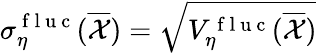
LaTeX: \sigma_{\eta}^{\mathrm{~f~l~u~c~}}(\overline{{\mathcal{X}}})=\sqrt{V_{\eta}^{\mathrm{~f~l~u~c~}}(\overline{{\mathcal{X}}})}